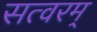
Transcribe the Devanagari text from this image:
सत्वरम्